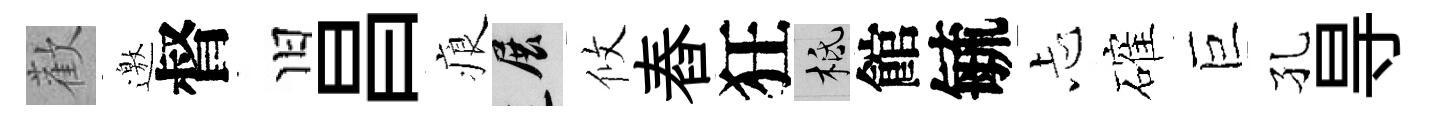
歡邀督旧昌痕展攸舂狂柢館毓忐確巨孔㝵